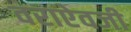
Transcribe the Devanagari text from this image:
वराऐवजी